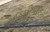
તકનીકીઓ